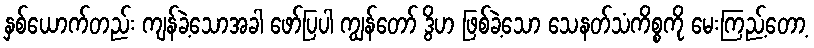
နှစ်ယောက်တည်း ကျန်ခဲ့သောအခါ ဖော်ပြပါ ကျွန်တော် ဒွိဟ ဖြစ်ခဲ့သော သေနတ်သံကိစ္စကို မေးကြည့်တော့